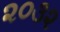
૨૦૩૨